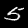
Label: 5